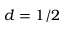
d = 1 / 2